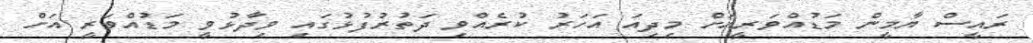
ރައީސް ޔާމީން މަޑުއްވަރީއަށް މިދިއަ އަހަރު ކުރެއްވި ދަތުރުފުޅުގައި ވިދާޅުވީ މަޑުއްވަރީ އަށް